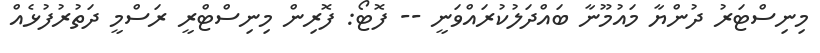
މިނިސްޓަރު ދުންޔާ މައުމޫނާ ބައްދަލުކުރައްވަނީ -- ފޮޓޯ: ފޮރިން މިނިސްޓްރީ ރަސްމީ ދަތުރުފުޅެއް